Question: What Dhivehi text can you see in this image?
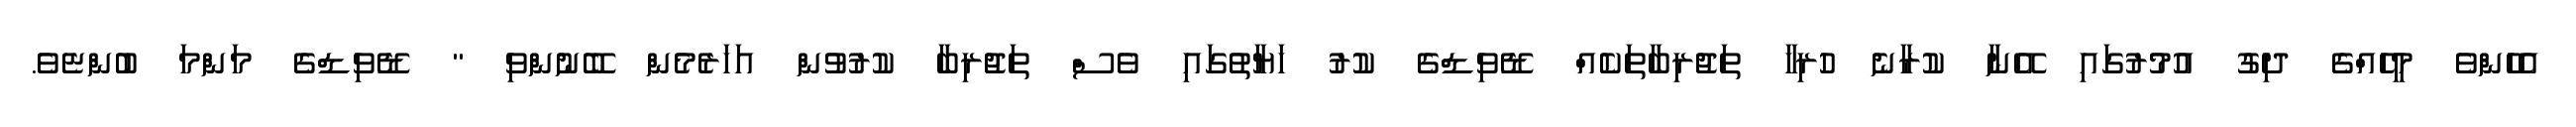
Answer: އެހެންވެ މީހެއްގެ ދިގު އުމުރުގައި އޭނާ ކުރާނެ ހުރިހާ ތަޖުރިބާތަކެއް ޑޭވިޑްގެ ކުރު ހަޔާތުގައި ވެސް ތަޖުރިބާ ކުރުވުން އަހަރެމެން ބޭނުންވި " ޑޭވިޑްގެ މަންމަ ބުންޏެވެ.